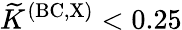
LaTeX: {\widetilde K}^{\mathrm{(BC,X)}}<0.25